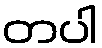
တပါ